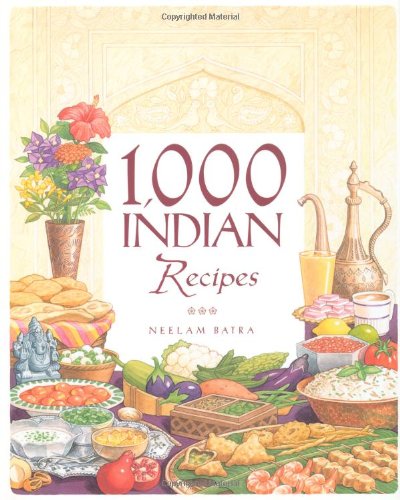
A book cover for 1,000 Indian Recipes (1,000 Recipes); Neelam Batra; Cookbooks, Food & Wine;